Vaccination in Bombay 1924-1928 - 1924-1928
Year: 1924
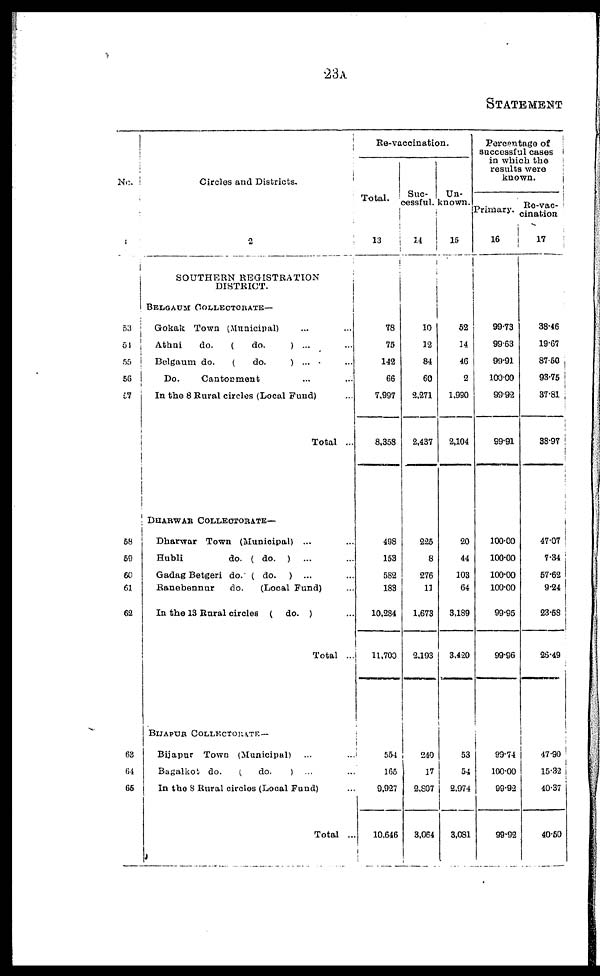
23A
STATEMENT
No.
53
54
55
56
57
58
59
60
61
62
63
64
65
Circles and Districts.
2
SOUTHERN REGISTRATION
DISTRICT.
BELGAUM COLLECTORATE—
Gokak Town (Municipal) ... ...
Athni
do.
(
do.
) ... ...
Belgaum do.
(
do.
) ... ...
Do.
Cantonment ... ...
In the 8 Rural circles (Local Fund) ...
Total ...
DHARWAR COLLECTORATE—
Dharwar Town (Municipal) ... ...
Hubli
do. ( do. ) ... ...
Gadag Betgeri do. ( do. ) ... ...
Ranebennur
do.
(Local Fund) ...
In the 13 Rural circles ( do. ) ...
Total ...
BIJAPUR COLLECTORATE—
Bijapur Town (Municipal) ... ...
Bagalkot do.
(
do.
) ... ...
In the 8 Rural circles (Local Fund) ...
Total ...
Re-vaccination.
Total.
13
78
75
142
66
7,997
8,358
498
153
582
183
10,284
11,700
554
165
9,927
10,646
Suc-
cessful.
14
10
12
84
60
2,271
2,437
225
8
276
11
1,673
2,193
240
17
2,807
3,064
Un-
known.
15
52
14
46
2
1,990
2,104
20
44
103
64
3,189
3,420
53
54
2,974
3,081
Percentage of
successful cases
in which the
results were
known.
Primary.
16
99.73
99.63
99.91
100.00
99.92
99.91
100.00
100.00
100.00
100.00
99.95
99.96
99.74
100.00
99.92
99.92
Re-vac-
cination
17
38.46
19.67
87.50
93.75
37.81
38.97
47.07
7.34
57.62
9.24
23.58
26.49
47.90
15.32
40.37
40.50